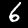
Label: 6